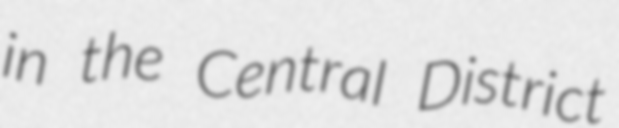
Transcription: in the Central District